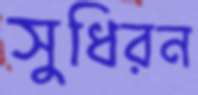
সুধিরন